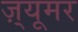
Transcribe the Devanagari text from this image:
ज़्यूमर